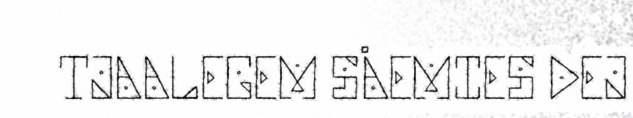
TJAALEGEM SÅEMIES DEJ